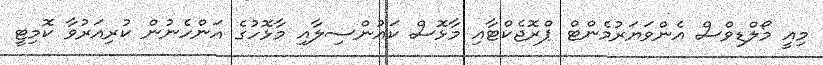
މިއީ މޯލްޑިވްސް އެންވަޔަރުމެންޓް ޕްރޮޖެކްޓާއި މާޅޮސް ކައުންސިލާއި މާޅޮހުގެ އަންހެނުން ކުރިއަރުވާ ކޮމިޓީ